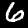
Digit: 6